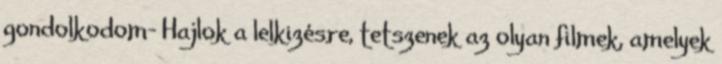
gondolkodom- Hajlok a lelkizésre, tetszenek az olyan filmek, amelyek